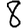
Digit: 8